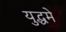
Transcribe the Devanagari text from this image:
युद्धमे